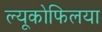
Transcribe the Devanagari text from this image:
ल्यूकोफिलया